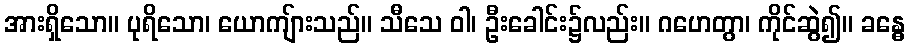
အားရှိသော။ ပုရိသော၊ ယောကျ်ားသည်။ သီသေ ဝါ၊ ဦးခေါင်း၌လည်း။ ဂဟေတွာ၊ ကိုင်ဆွဲ၍။ ခန္ဓေ